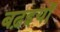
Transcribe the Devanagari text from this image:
बढ़इयों